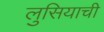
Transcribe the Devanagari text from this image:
लुसियाची